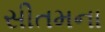
સીતમના